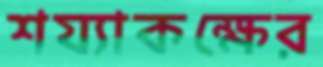
শয্যাকক্ষের